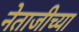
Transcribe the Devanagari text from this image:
नेताजीच्या